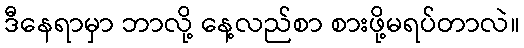
ဒီနေရာမှာ ဘာလို့ နေ့လည်စာ စားဖို့မရပ်တာလဲ။